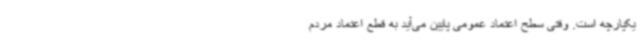
یکپارچه است. وقتی سطح اعتماد عمومی پایین می‌آید به قطع اعتماد مردم